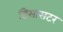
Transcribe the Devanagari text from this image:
डिसासटर